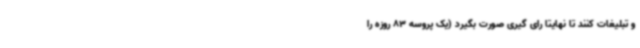
و تبلیغات کنند تا نهایتا رای گیری صورت بگیرد (یک پروسه 83 روزه را